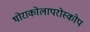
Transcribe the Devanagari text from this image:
थोराकोलापरोस्कोप